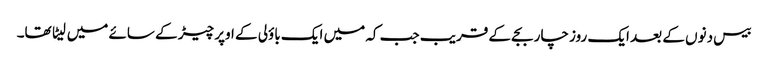
بیس دنوں کے بعد ایک روز چار بجے کے قریب جب کہ میں ایک باؤلی کے اوپر چیڑ کے سائے میں لیٹا تھا۔